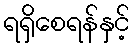
ရရှိစေရန်နှင့်